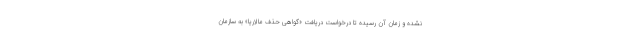
نشده و زمان آن رسیده تا درخواست دریافت «گواهی حذف مالاریا» به سازمان